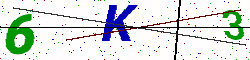
Text: 6K3